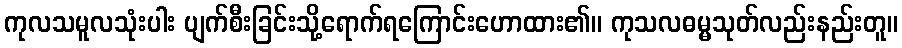
ကုလသမူလသုံးပါး ပျက်စီးခြင်းသို့ရောက်ရကြောင်းဟောထား၏။ ကုသလဓမ္မသုတ်လည်းနည်းတူ။